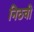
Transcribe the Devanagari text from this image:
निठवी